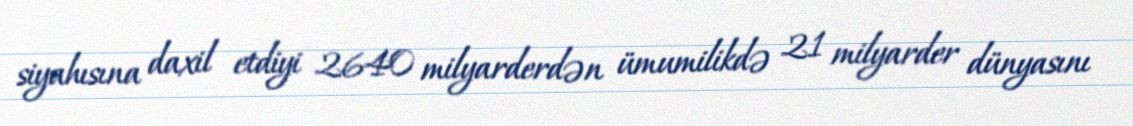
siyahısına daxil etdiyi 2640 milyarderdən ümumilikdə 21 milyarder dünyasını